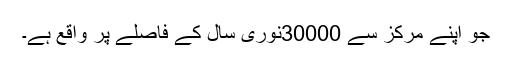
جو اپنے مرکز سے 30000نوری سال کے فاصلے پر واقع ہے۔